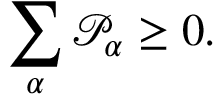
\begin{array} { r } { \displaystyle \sum _ { \alpha } \mathscr { P } _ { \alpha } \geq 0 . } \end{array}